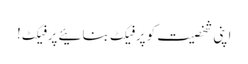
اپنی شخصیت کو پرفیکٹ بنائیے پرفیکٹ!